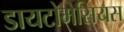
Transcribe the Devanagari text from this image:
डायटोमेसियस